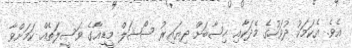
އެވެ. އެކަމަކު ދުވަހުގެ މެދަކާއި ހިސާބަށް ދިޔައިރު ސޯޝަލް މީޑިއާގެ ވަސީލަތެއް ކަމަށްވާ